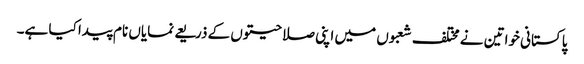
پاکستانی خواتین نے مختلف شعبوں میں اپنی صلاحیتوں کے ذریعے نمایاں نام پیدا کیا ہے۔